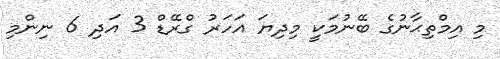
މި އިމްތިޙާނުގެ ބޭނުމަކީ މިދިޔަ އަހަރު ގްރޭޑް 3 އަދި 6 ނިންމި